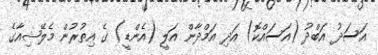
އަސަދު އަބްދު (އަސައްކޮ) އަދި އަމްދާން އަލީ (އެންޑީ) ގެ އިތުރުން މެލޭޝިއާގެ